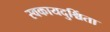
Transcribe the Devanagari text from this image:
स्वकायदुश्चिंता